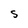
Character: S